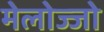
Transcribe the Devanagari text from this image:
मेलोज्जो